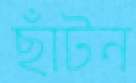
ছাঁটন